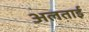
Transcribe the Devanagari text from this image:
अलताई